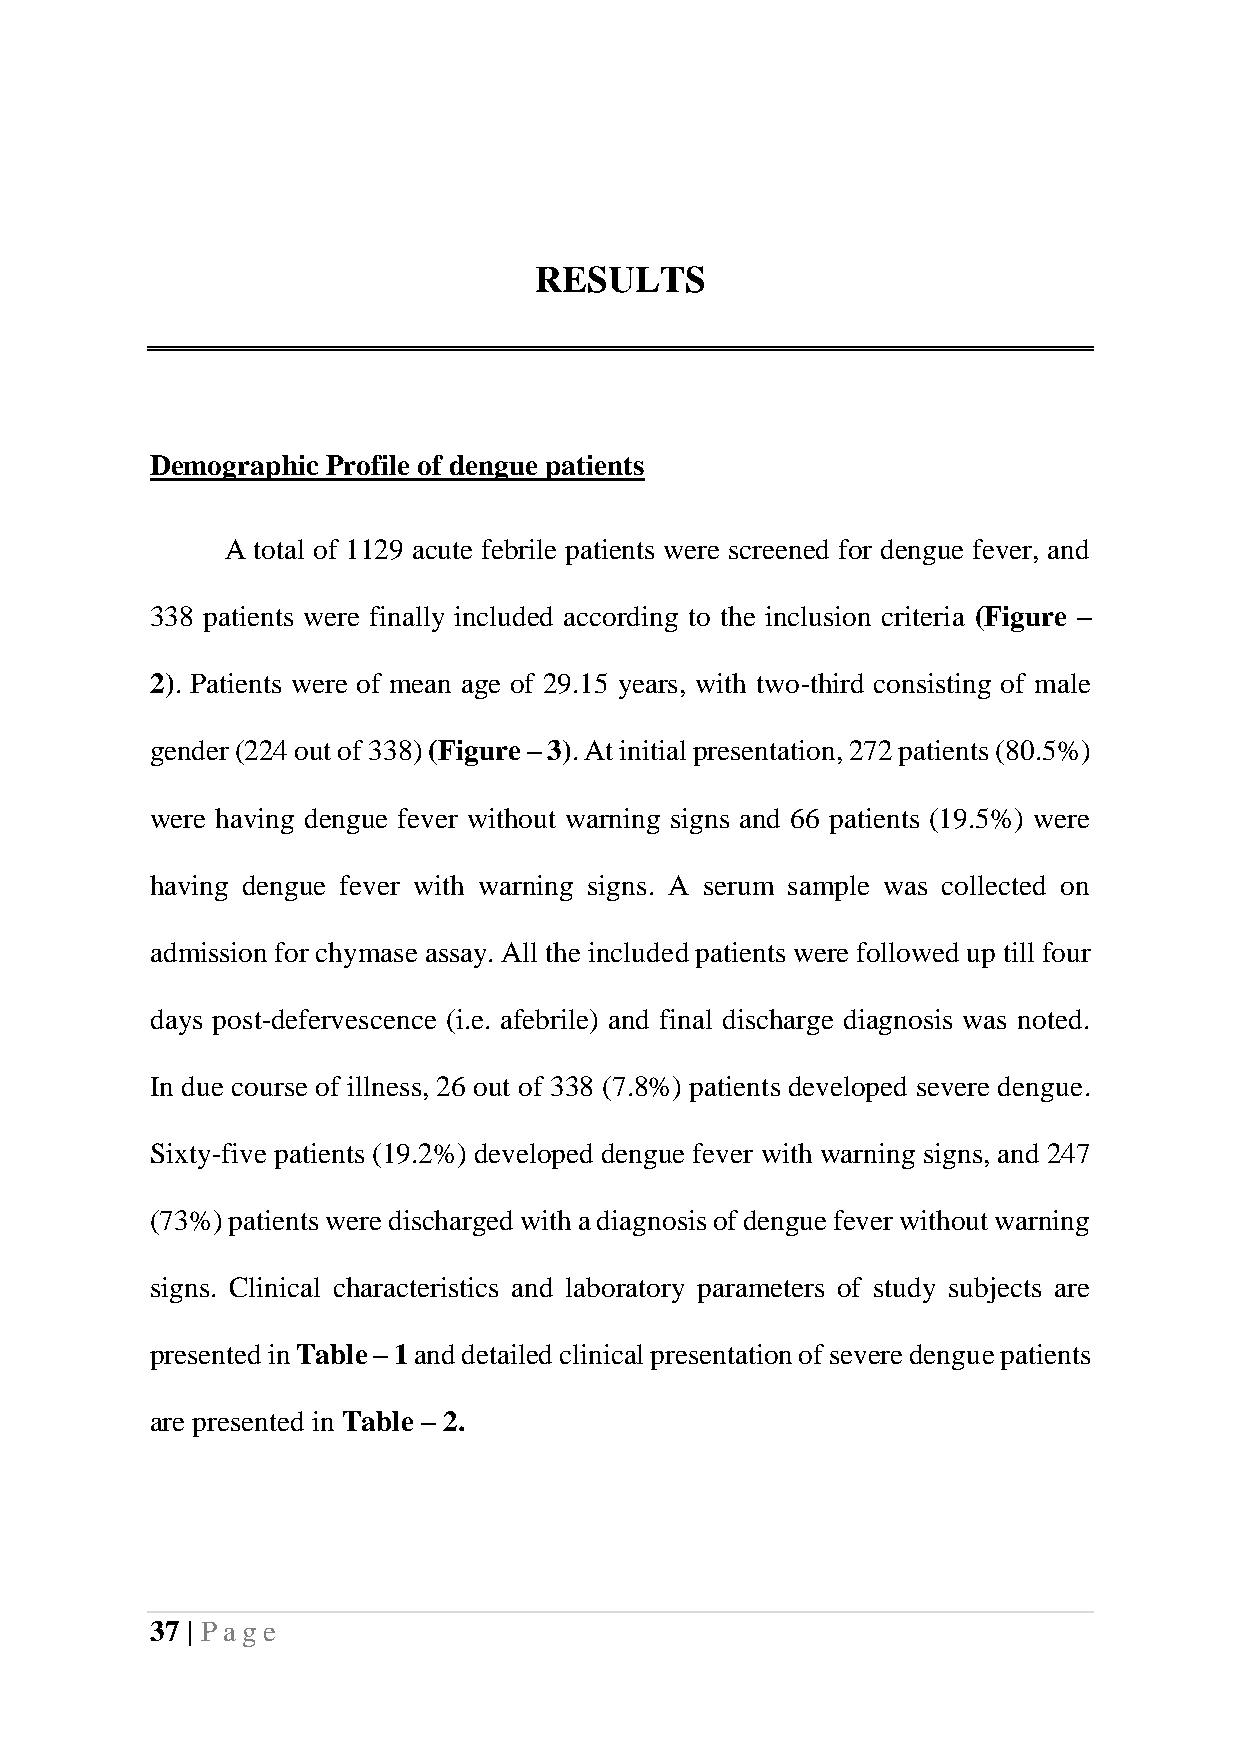
RESULTS
 Demographic Profile of dengue patients
 A total of 1129 acute febrile patients were screened for dengue fever, and
 338 patients were finally included according to the inclusion criteria (Figure –
 2). Patients were of mean age of 29.15 years, with two-third consisting of male
 gender (224 out of 338) (Figure – 3). At initial presentation, 272 patients (80.5%)
 were having dengue fever without warning signs and 66 patients (19.5%) were
 having dengue fever with warning signs. A serum sample was collected on
 admission for chymase assay. All the included patients were followed up till four
 days post-defervescence (i.e. afebrile) and final discharge diagnosis was noted.
 In due course of illness, 26 out of 338 (7.8%) patients developed severe dengue.
 Sixty-five patients (19.2%) developed dengue fever with warning signs, and 247
 (73%) patients were discharged with a diagnosis of dengue fever without warning
 signs. Clinical characteristics and laboratory parameters of study subjects are
 presented in Table – 1 and detailed clinical presentation of severe dengue patients
 are presented in Table – 2.
 37 | Pag e